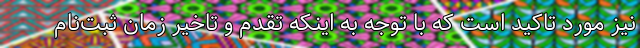
نیز مورد تاکید است که با توجه به اینکه تقدم و تاخیر زمان ثبت‌نام